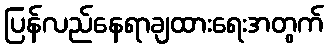
ပြန်လည်နေရာချထားရေးအတွက်